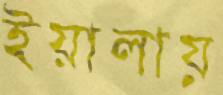
ইয়ালায়